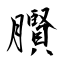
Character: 臔